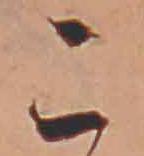
こ